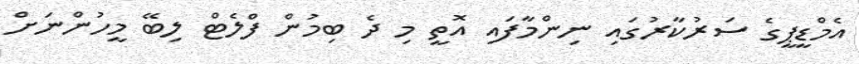
އެމްޑީޕީގެ ސަރުކާރުގައި ނިންމާފައި އޮތީ މި ދެ ބިމުން ފްލެޓް ލިބޭ މީހުންނަށް